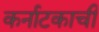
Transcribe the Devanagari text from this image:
कर्नाटकाची